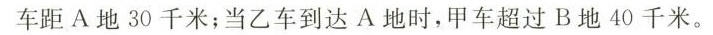
车距A地30千米；当乙车到达A地时，甲车超过B地40千米。